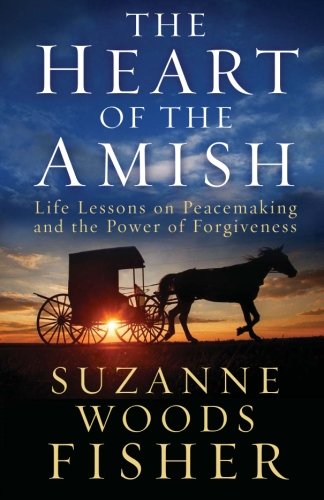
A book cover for The Heart of the Amish: Life Lessons on Peacemaking and the Power of Forgiveness; Suzanne Woods Fisher; Christian Books & Bibles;